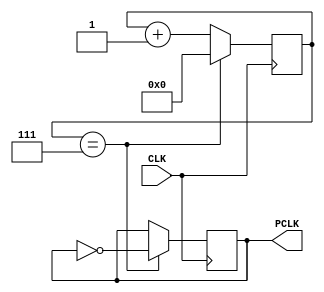
`timescale 1ns / 1ps
//////////////////////////////////////////////////////////////////////////////////
// Company: 
// Engineer: 
// 
// Design Name: 
// Module Name: Precise_Clock
// Project Name: 
// Target Devices: 
// Tool Versions: 
// Description: 
// 
// Dependencies: 
// 
// Revision:
// Revision 0.01 - File Created
// Additional Comments:
// 
//////////////////////////////////////////////////////////////////////////////////


module Precise_Clock(
input CLK,
output reg PCLK = 0
    );
reg [31:0] counter = 0;    
reg [31:0] cmatch = 7;
  always @(posedge CLK)begin
        counter <= (counter == cmatch)?0 :counter + 1;
        PCLK <= (counter == cmatch)?~PCLK :PCLK;
    end  
 
endmodule